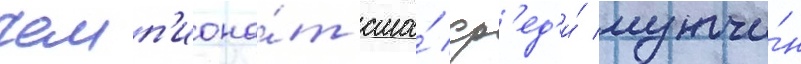
Чемп'иона́т сша́ ср'ед'и́ мужчи́н